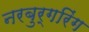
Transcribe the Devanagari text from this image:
नरबुर्गरिंग